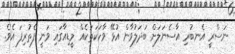
ނަސްރީ އެނބުރި އާސެނަލަށް ބަދަލުވާން އުޅޭ ވާހަކަތަކެއް މީޑިއާގައި ވަނީ ފެތުރިފަ އެވެ.